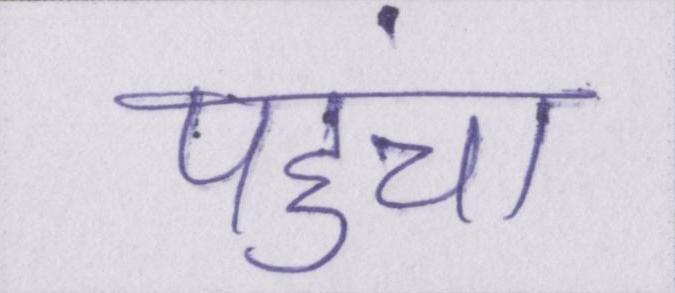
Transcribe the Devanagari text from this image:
पहुंचा